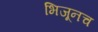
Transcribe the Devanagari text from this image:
भिजूनच